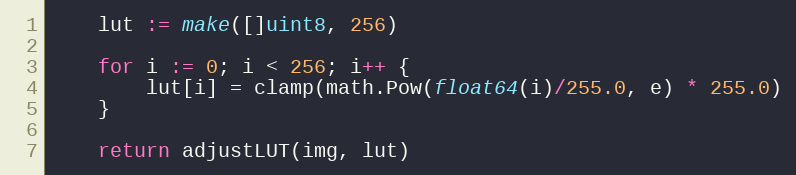
Language: Go
	lut := make([]uint8, 256)

	for i := 0; i < 256; i++ {
		lut[i] = clamp(math.Pow(float64(i)/255.0, e) * 255.0)
	}

	return adjustLUT(img, lut)